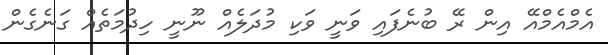
އެމްއެމްއޭ އިން ރޭ ބުނެފައި ވަނީ ވަކި މުދަލެއް ނޫނީ ހިދުމަތެއް ގަނެގެން